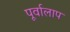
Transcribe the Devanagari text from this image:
पूर्वालाप